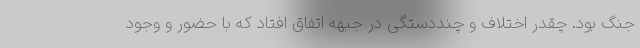
جنگ بود. چقدر اختلاف و چنددستگی در جبهه اتفاق افتاد که با حضور و وجود